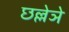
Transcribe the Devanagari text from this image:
छल्लेञे